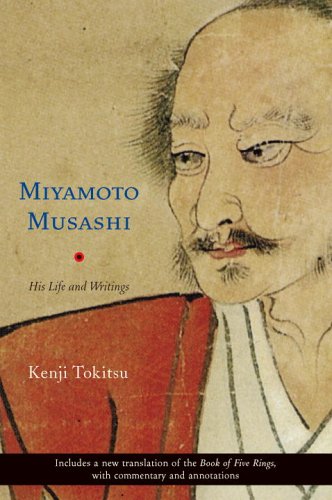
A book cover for Miyamoto Musashi: His Life and Writings; Kenji Tokitsu; Biographies & Memoirs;